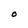
Character: O